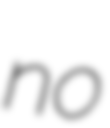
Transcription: no